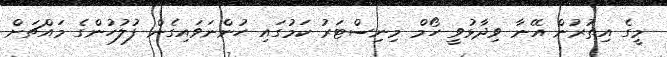
މީގެ އިތުރުން އޭނާ ވިދާޅުވީ ހޯމް މިނިސްޓަރު ކަމުގައި ހުންނަވައިގެން ފުލުހުންގެ މައްޗަށް